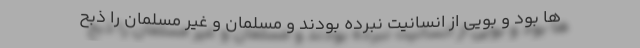
ها بود و بویی از انسانیت نبرده بودند و مسلمان و غیر مسلمان را ذبح